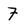
Character: 7